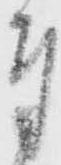
奉